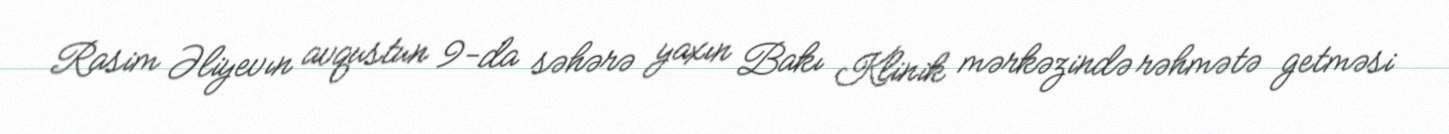
Rasim Əliyevın avqustun 9-da səhərə yaxın Bakı Klinik mərkəzində rəhmətə getməsi